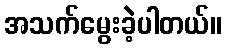
အသက်မွေးခဲ့ပါတယ်။